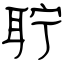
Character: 聍